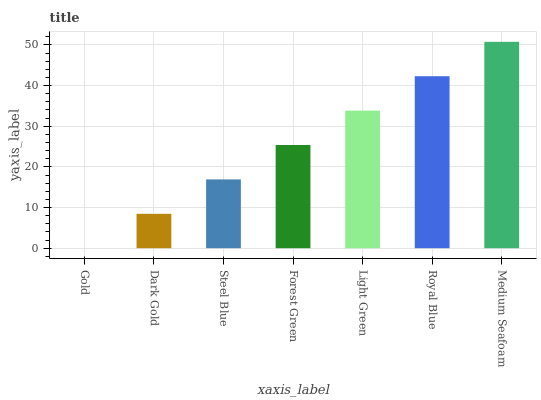
| xaxis_label | bars |
 | --- | --- |
 | Gold | 0 |
 | Dark Gold | 8.46 |
 | Steel Blue | 16.9 |
 | Forest Green | 25.4 |
 | Light Green | 33.8 |
 | Royal Blue | 42.3 |
 | Medium Seafoam | 50.8 |